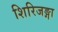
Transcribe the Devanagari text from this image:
शिरिजङ्गा